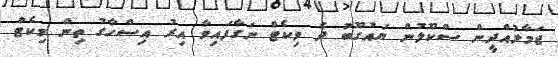
ޖަމާލުއްދީން ސްކޫލުން ޔައުގޫބު ދެ ވިކެޓް ނަގާފައިވާ އިރު އިސްހާގު ތިން ވިކެޓް